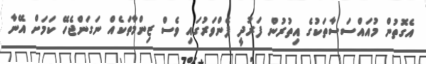
އެގޮތުން މުއައްސަސާތަކުގެ އިތުރުން ފަރުދީ ފެންވަރުގައި ވެސް ޒިންމާތަކެއް ނަގަންޖެހޭ ކަމަށް އޭނާ